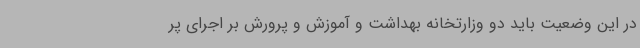
در این وضعیت باید دو وزارتخانه بهداشت و آموزش و پرورش بر اجرای پر